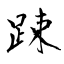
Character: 踈